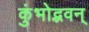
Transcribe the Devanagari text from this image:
कुंभोद्भवन्